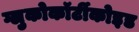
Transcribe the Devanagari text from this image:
ग्लुकोकॉर्टीकोइड